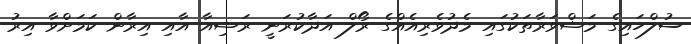
ސުލްހައިގެ މަޝްވަރާތަކުގައި މެދުވެރިއެއްގެ ރޯލް އަދާކުރަނީ ރަޝިއާ އާއި އިރާން ކަމަށްވާ އިރު